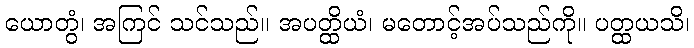
ယောတွံ၊ အကြင် သင်သည်။ အပတ္ထိယံ၊ မတောင့်အပ်သည်ကို။ ပတ္ထယသိ၊